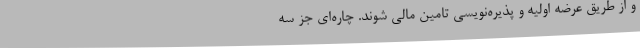
و از طریق عرضه اولیه و پذیره‌نویسی تامین مالی شوند. چاره‌ای جز سه